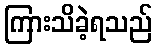
ကြားသိခဲ့ရသည်